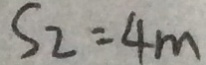
S _ { 2 } = 4 m